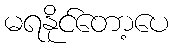
မရနိုင်တော့ပေ